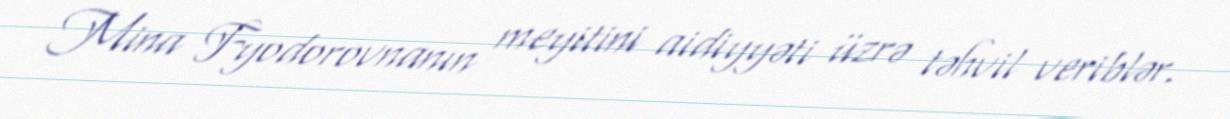
Mina Fyodorovnanın meyitini aidiyyəti üzrə təhvil veriblər.